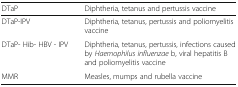
<table><thead><tr><td><b>DTaP</b></td><td><b>Diphtheria, tetanus and pertussis vaccine</b></td></tr></thead><tbody><tr><td>DTaP-IPV</td><td>Diphtheria, tetanus, pertussis and poliomyelitis vaccine</td></tr><tr><td>DTaP- Hib- HBV - IPV</td><td>Diphtheria, tetanus, pertussis, infections caused by <i>Haemophilus influenzae</i> b, viral hepatitis B and poliomyelitis vaccine</td></tr><tr><td>MMR</td><td>Measles, mumps and rubella vaccine</td></tr></tbody></table>